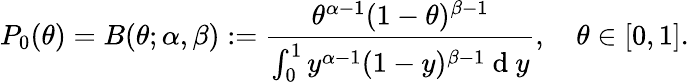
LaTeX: P_{0}(\theta)=B(\theta;\alpha,\beta):=\frac{\theta^{\alpha-1}(1-\theta)^{\beta-1}}{\int_{0}^{1}y^{\alpha-1}(1-y)^{\beta-1}\mathrm{~d~}y},\quad\theta\in[0,1].